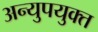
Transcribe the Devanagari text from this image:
अन्युपयुक्त